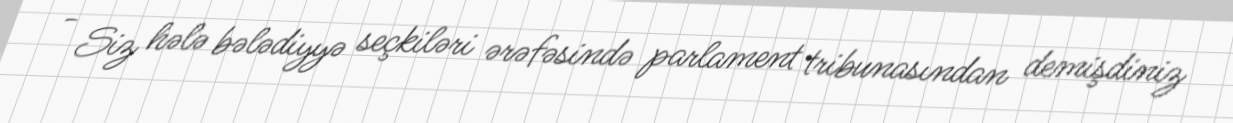
- Siz hələ bələdiyyə seçkiləri ərəfəsində parlament tribunasından demişdiniz